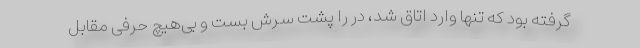
گرفته بود که تنها وارد اتاق شد، در را پشت سرش بست و بی‌هیچ حرفی مقابل